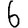
Digit: 6